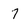
Character: 7